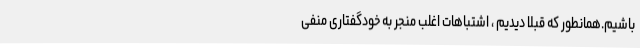
باشیم.همانطور که قبلاً دیدیم ، اشتباهات اغلب منجر به خودگفتاری منفی